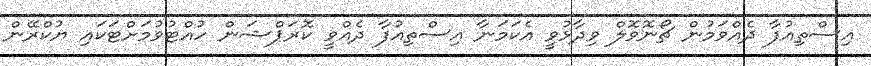
އިސްތިއުފާ ދެއްވަމުން ޗޯނޮވޮލް ވިދާޅުވީ އެކަމަނާ އިސްތިއުފާ ދެއްވީ ކޮރަޕްޝަން ހުއްޓުވުމަށްޓަކައި ޔުކްރޭން